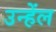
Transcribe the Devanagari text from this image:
उन्हेंल